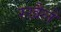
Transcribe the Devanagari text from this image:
रखैलें